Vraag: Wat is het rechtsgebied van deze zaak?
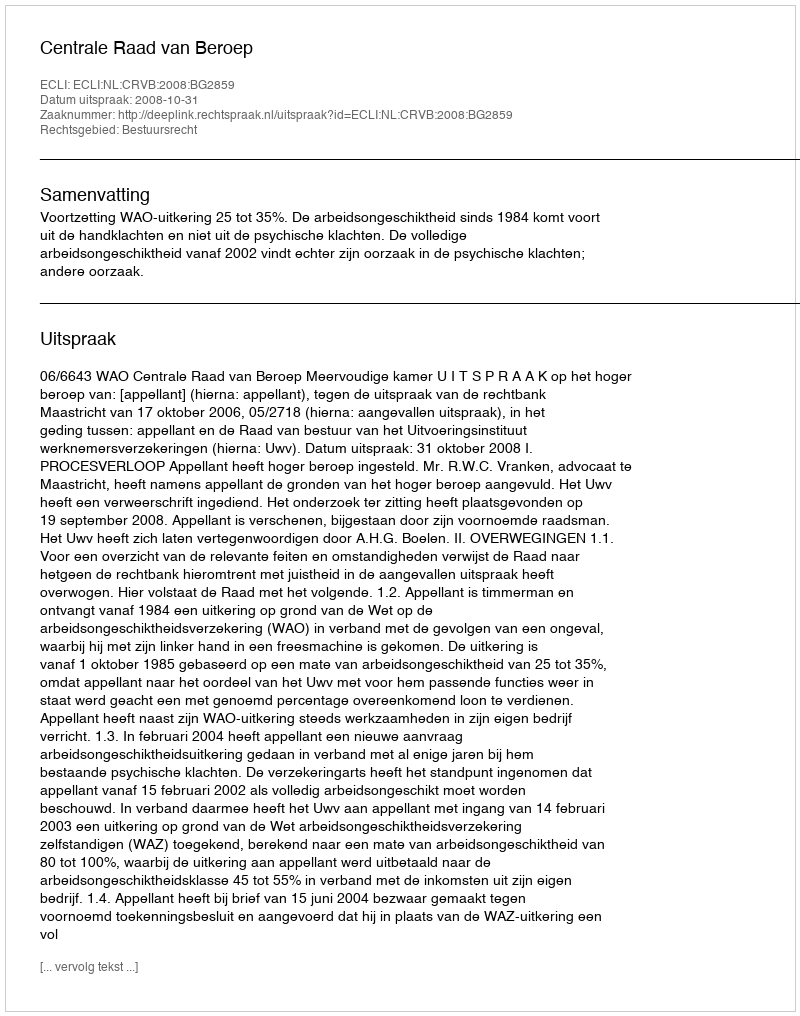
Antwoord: Bestuursrecht